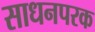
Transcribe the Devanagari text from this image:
साधनपरक